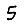
Digit: 5